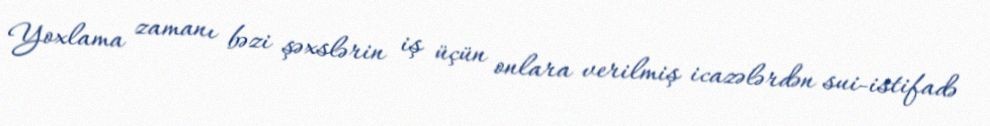
Yoxlama zamanı bəzi şəxslərin iş üçün onlara verilmiş icazələrdən sui-istifadə